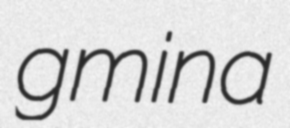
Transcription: gmina